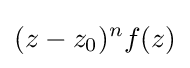
(z-z_{0})^{n}f(z)